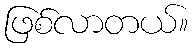
ဖြစ်လာတယ်။